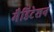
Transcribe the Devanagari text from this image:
मैडिटेशन